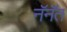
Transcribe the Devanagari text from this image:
नॅनॅत